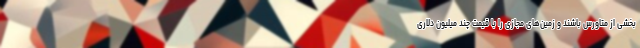
بخشی از متاورس باشند و زمین‌های مجازی را با قیمت چند میلیون دلاری